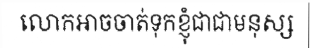
លោកអាចចាត់ទុកខ្ញុំជាជាមនុស្ស